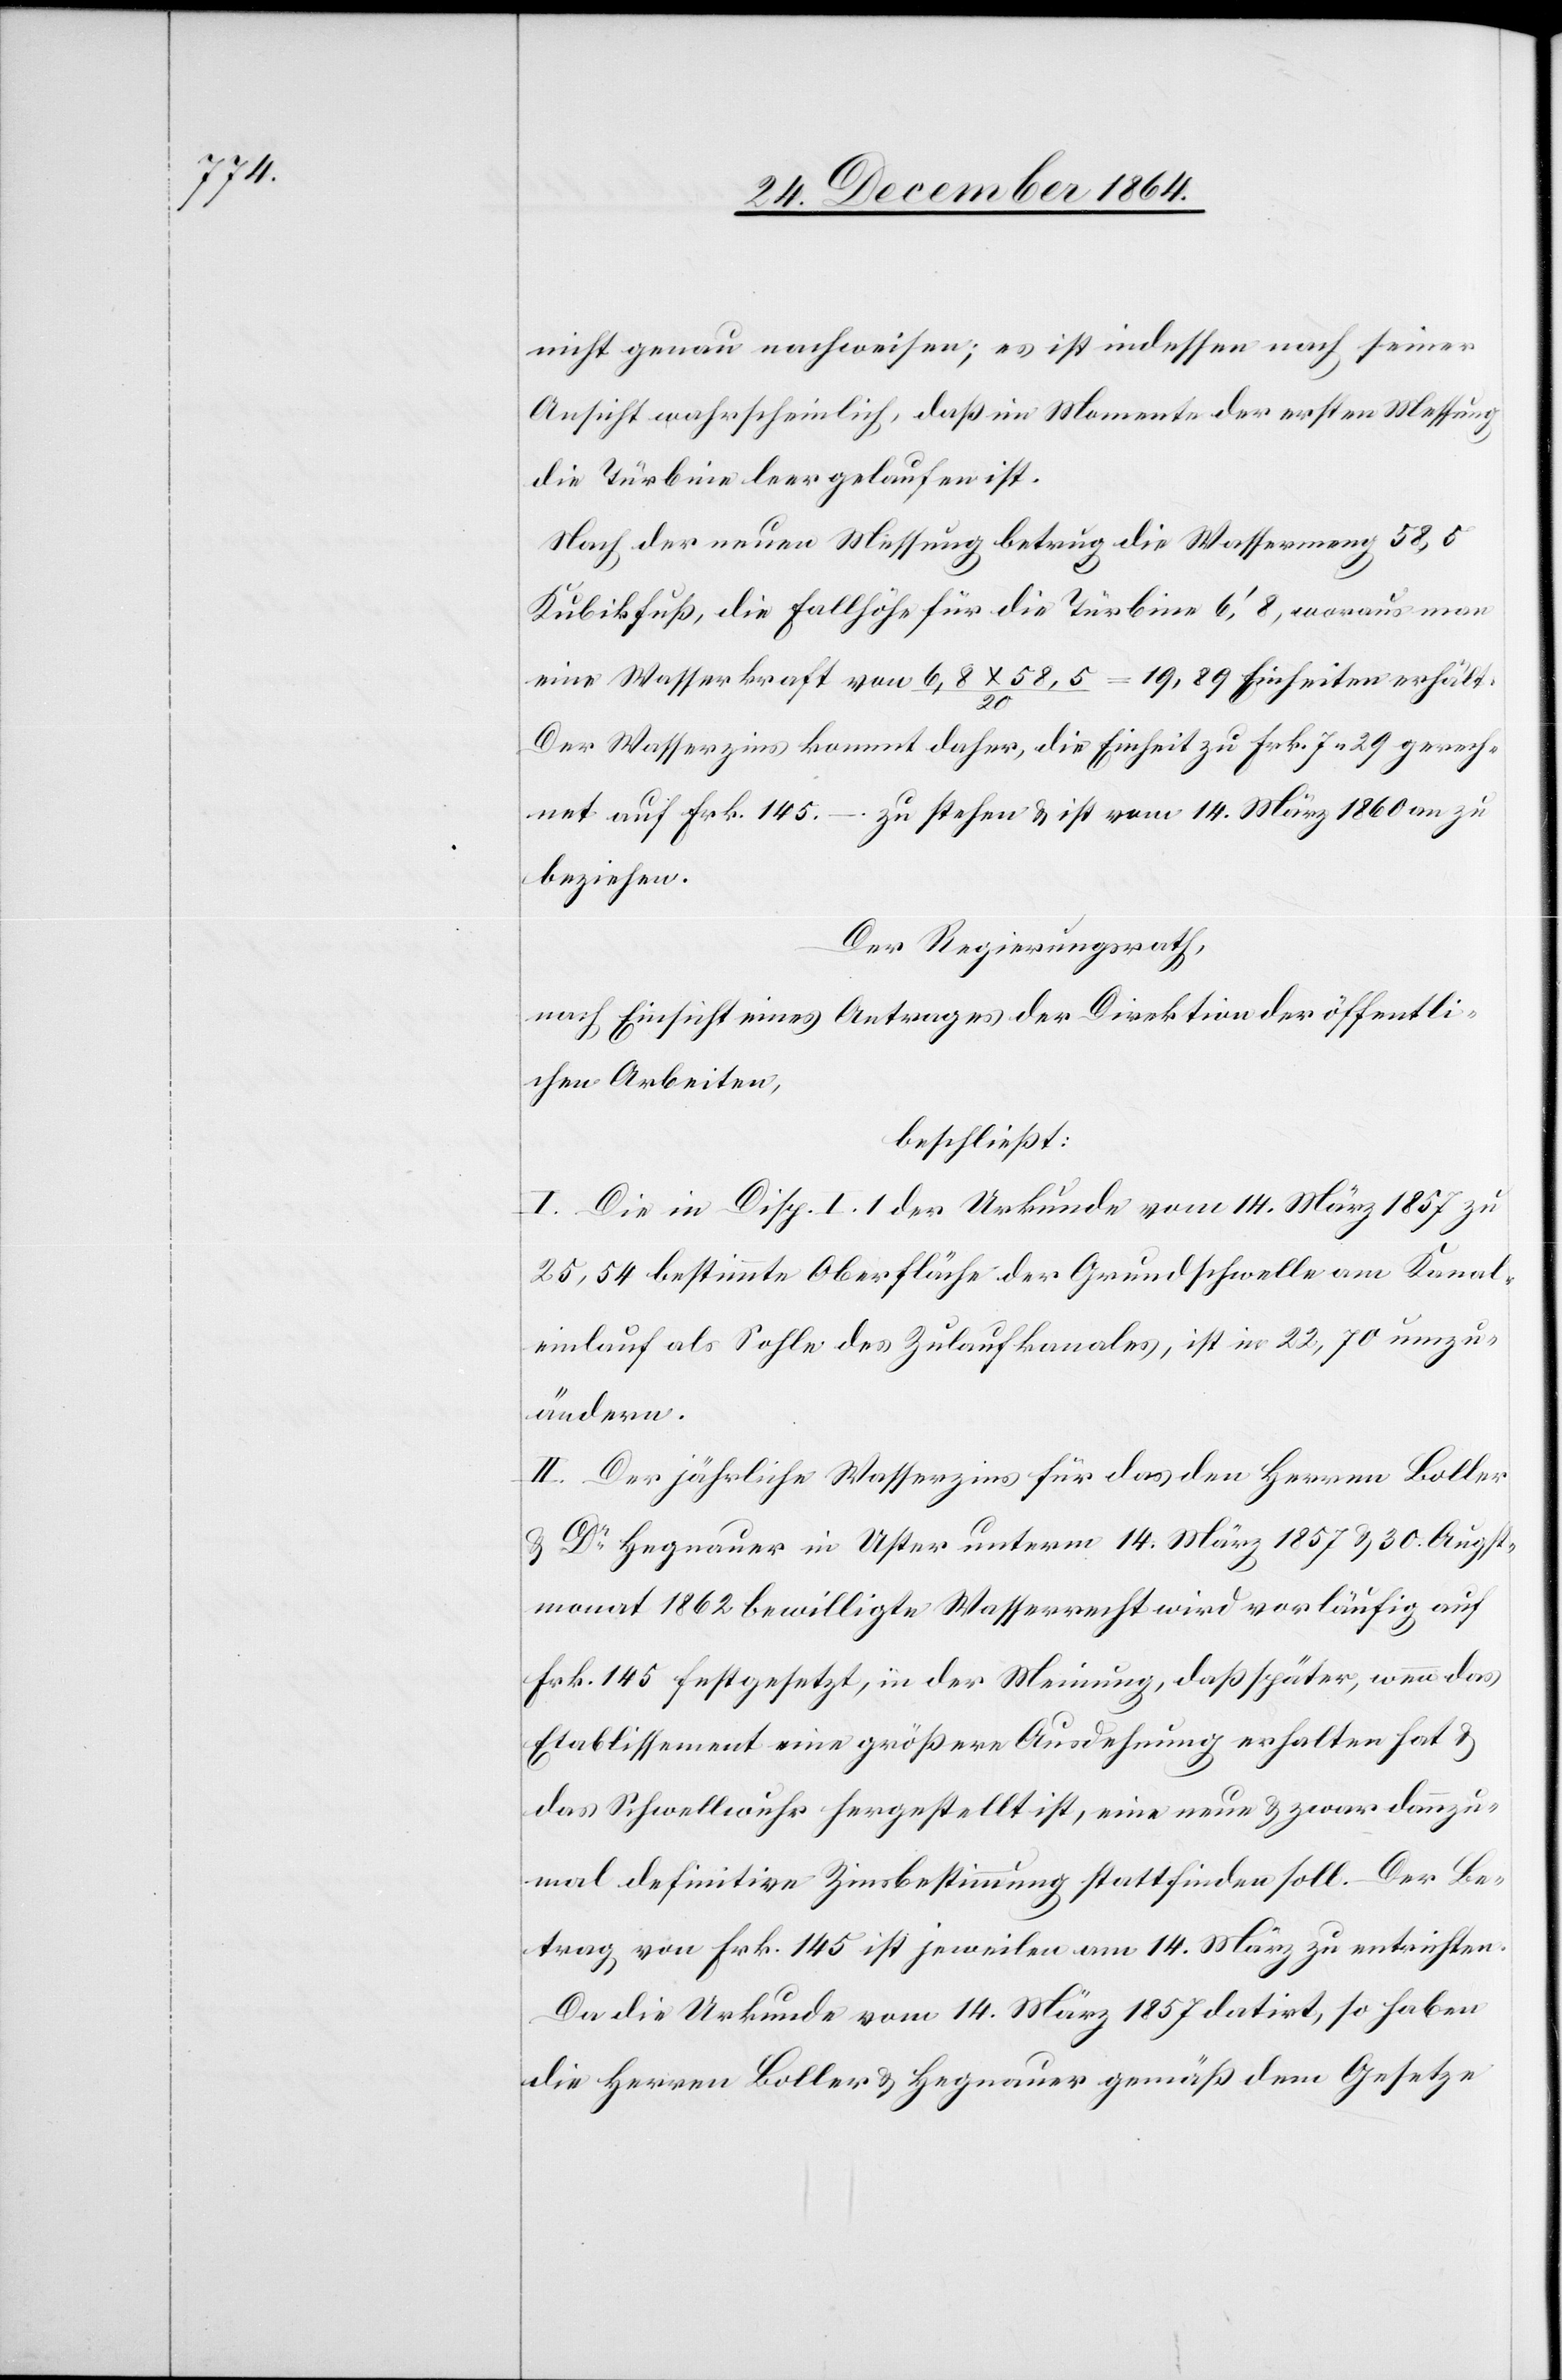
nicht genau nachweisen; es ist indessen nach seiner
Ansicht wahrscheinlich, daß im Momente der ersten Messung
die Türbine leer gelaufen ist.
Nach der neuen Messung betrug die Wassermeng[e] 58,5
Kubikfuß, die Fallhöhe für die Türbine 6’,8, woraus man
eine Wasserkraft von 6,8 x 58,5 / 20 = 19,89 Einheiten erhält.
Der Wasserzins kommt daher, die Einheit zu Frk. 7.29 gerech¬
net[,] auf Frk. 145. – zu stehen & ist vom 14. März 1860 an zu
beziehen.
Der Regierungsrath,
nach Einsicht eines Antrages der Direktion der öffentli¬
chen Arbeiten,
beschließt:
I. Die in Disp. I.1 der Urkunde vom 14. März 1857 zu
25,54 bestimmte Oberfläche der Grundschwelle am Kanal¬
einlauf als Sohle des Zulaufkanales, ist in 22,70 umzu¬
ändern.
II. Der jährliche Wasserzins für das den Herren Boller
& Dr Hegnauer in Uster unterm 14. März 1857 & 30. Augst¬
monat 1862 bewilligte Wasserrecht wird vorläufig auf
Frk. 145 festgesetzt, in der Meinung, daß später, wenn das
Etablissement eine größere Ausdehnung erhalten hat &
das Schwellwuhr hergestellt ist, eine neue & zwar dannzu¬
mal definitive Zinsbestimmung stattfinden soll. Der Be¬
trag von Frk. 145 ist jeweilen am 14. März zu entrichten.
Da die Urkunde vom 14. März 1857 datirt, so haben
die Herren Boller & Hegnauer gemäß dem Gesetze